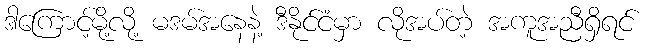
ဒါကြောင့်မို့လို့ မဒမ်အနေနဲ့ ဒီနိုင်ငံမှာ လိုအပ်တဲ့ အကူအညီရှိရင်